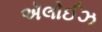
ઍલોઈઝ